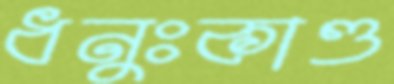
ধনুঃকাণ্ড